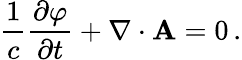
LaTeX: {\frac{1}{c}}{\frac{\partial\varphi}{\partial t}}+\nabla\cdot\mathbf{A}=0\, .